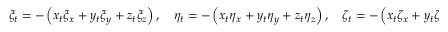
\xi _ { t } = - \left( x _ { t } \xi _ { x } + y _ { t } \xi _ { y } + z _ { t } \xi _ { z } \right) , \quad \eta _ { t } = - \left( x _ { t } \eta _ { x } + y _ { t } \eta _ { y } + z _ { t } \eta _ { z } \right) , \quad \zeta _ { t } = - \left( x _ { t } \zeta _ { x } + y _ { t } \zeta _ { y } + z _ { t } \zeta _ { z } \right) .